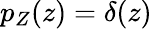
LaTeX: p_{Z}(z)=\delta(z)